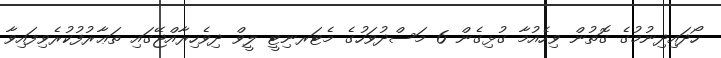
ހޯދައިދިނުމުގެ ގޮތުން ވިހެއުމާ ގުޅިގެން 6 މަސްދުވަހުގެ މެޓަރނިޓީ ލީވް ދިވެހިރާއްޖޭގައި ތަޢާރުފުކުރެވިފައިވާ